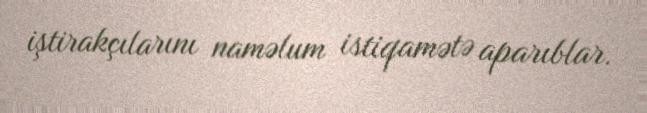
iştirakçılarını naməlum istiqamətə aparıblar.